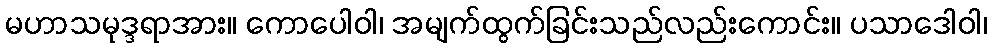
မဟာသမုဒ္ဒရာအား။ ကောပေါဝါ၊ အမျက်ထွက်ခြင်းသည်လည်းကောင်း။ ပသာဒေါဝါ၊